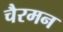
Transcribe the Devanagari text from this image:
चैरमन